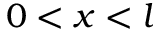
0 < x < l